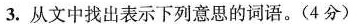
3.从文中找出表示下列意思的词语。(4分)